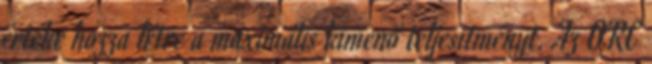
értéke hozza létre a maximális kimenő teljesítményt. Az ORC